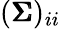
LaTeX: ({\pmb{\Sigma}})_{ii}